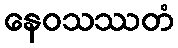
နေဝသဿတံ